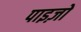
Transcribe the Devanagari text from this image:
पाइज़ो